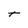
Character: t